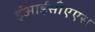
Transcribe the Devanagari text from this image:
ईआईसीएएस